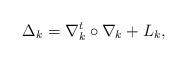
LaTeX: \begin{align*}\Delta_k=\nabla^t_k\circ \nabla_k+L_k,\end{align*}